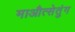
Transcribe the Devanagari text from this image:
माऔत्सेतुंग